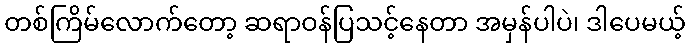
တစ်ကြိမ်လောက်တော့ ဆရာဝန်ပြသင့်နေတာ အမှန်ပါပဲ၊ ဒါပေမယ့်